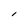
Character: l